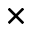
\times